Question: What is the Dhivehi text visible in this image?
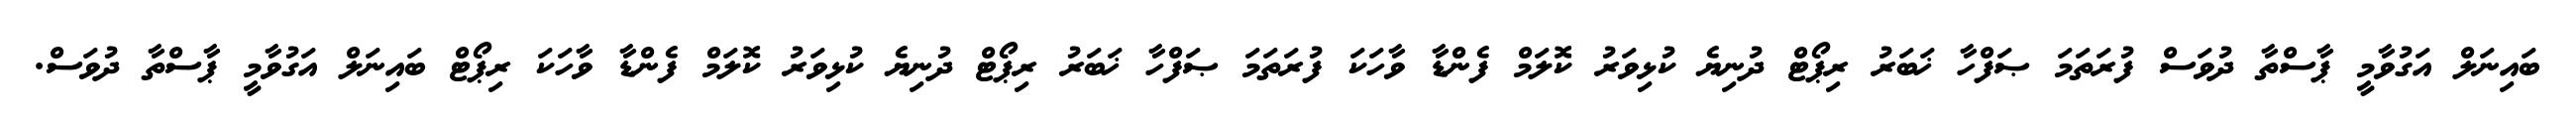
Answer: ބައިނަލް އަގުވާމީ ޕާސްތާ ދުވަސް ފުރަތަމަ ޞަފްހާ ޚަބަރު ރިޕޯޓް ދުނިޔެ ކުޅިވަރު ކޮލަމް ފެންޑާ ވާހަކަ ފުރަތަމަ ޞަފްހާ ޚަބަރު ރިޕޯޓް ދުނިޔެ ކުޅިވަރު ކޮލަމް ފެންޑާ ވާހަކަ ރިޕޯޓް ބައިނަލް އަގުވާމީ ޕާސްތާ ދުވަސް.